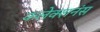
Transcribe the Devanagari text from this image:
कलेक्शनंस